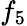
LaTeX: f_{5}